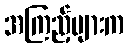
အကြည့်များက